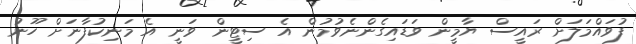
ފުވައްމަލަށް ރައީސް ޔާމީން ވަޑައިގެންނެވުމުން އެ ސިޓީން ވަނީ އެ މަނިކުފާނަށް ހޫނު